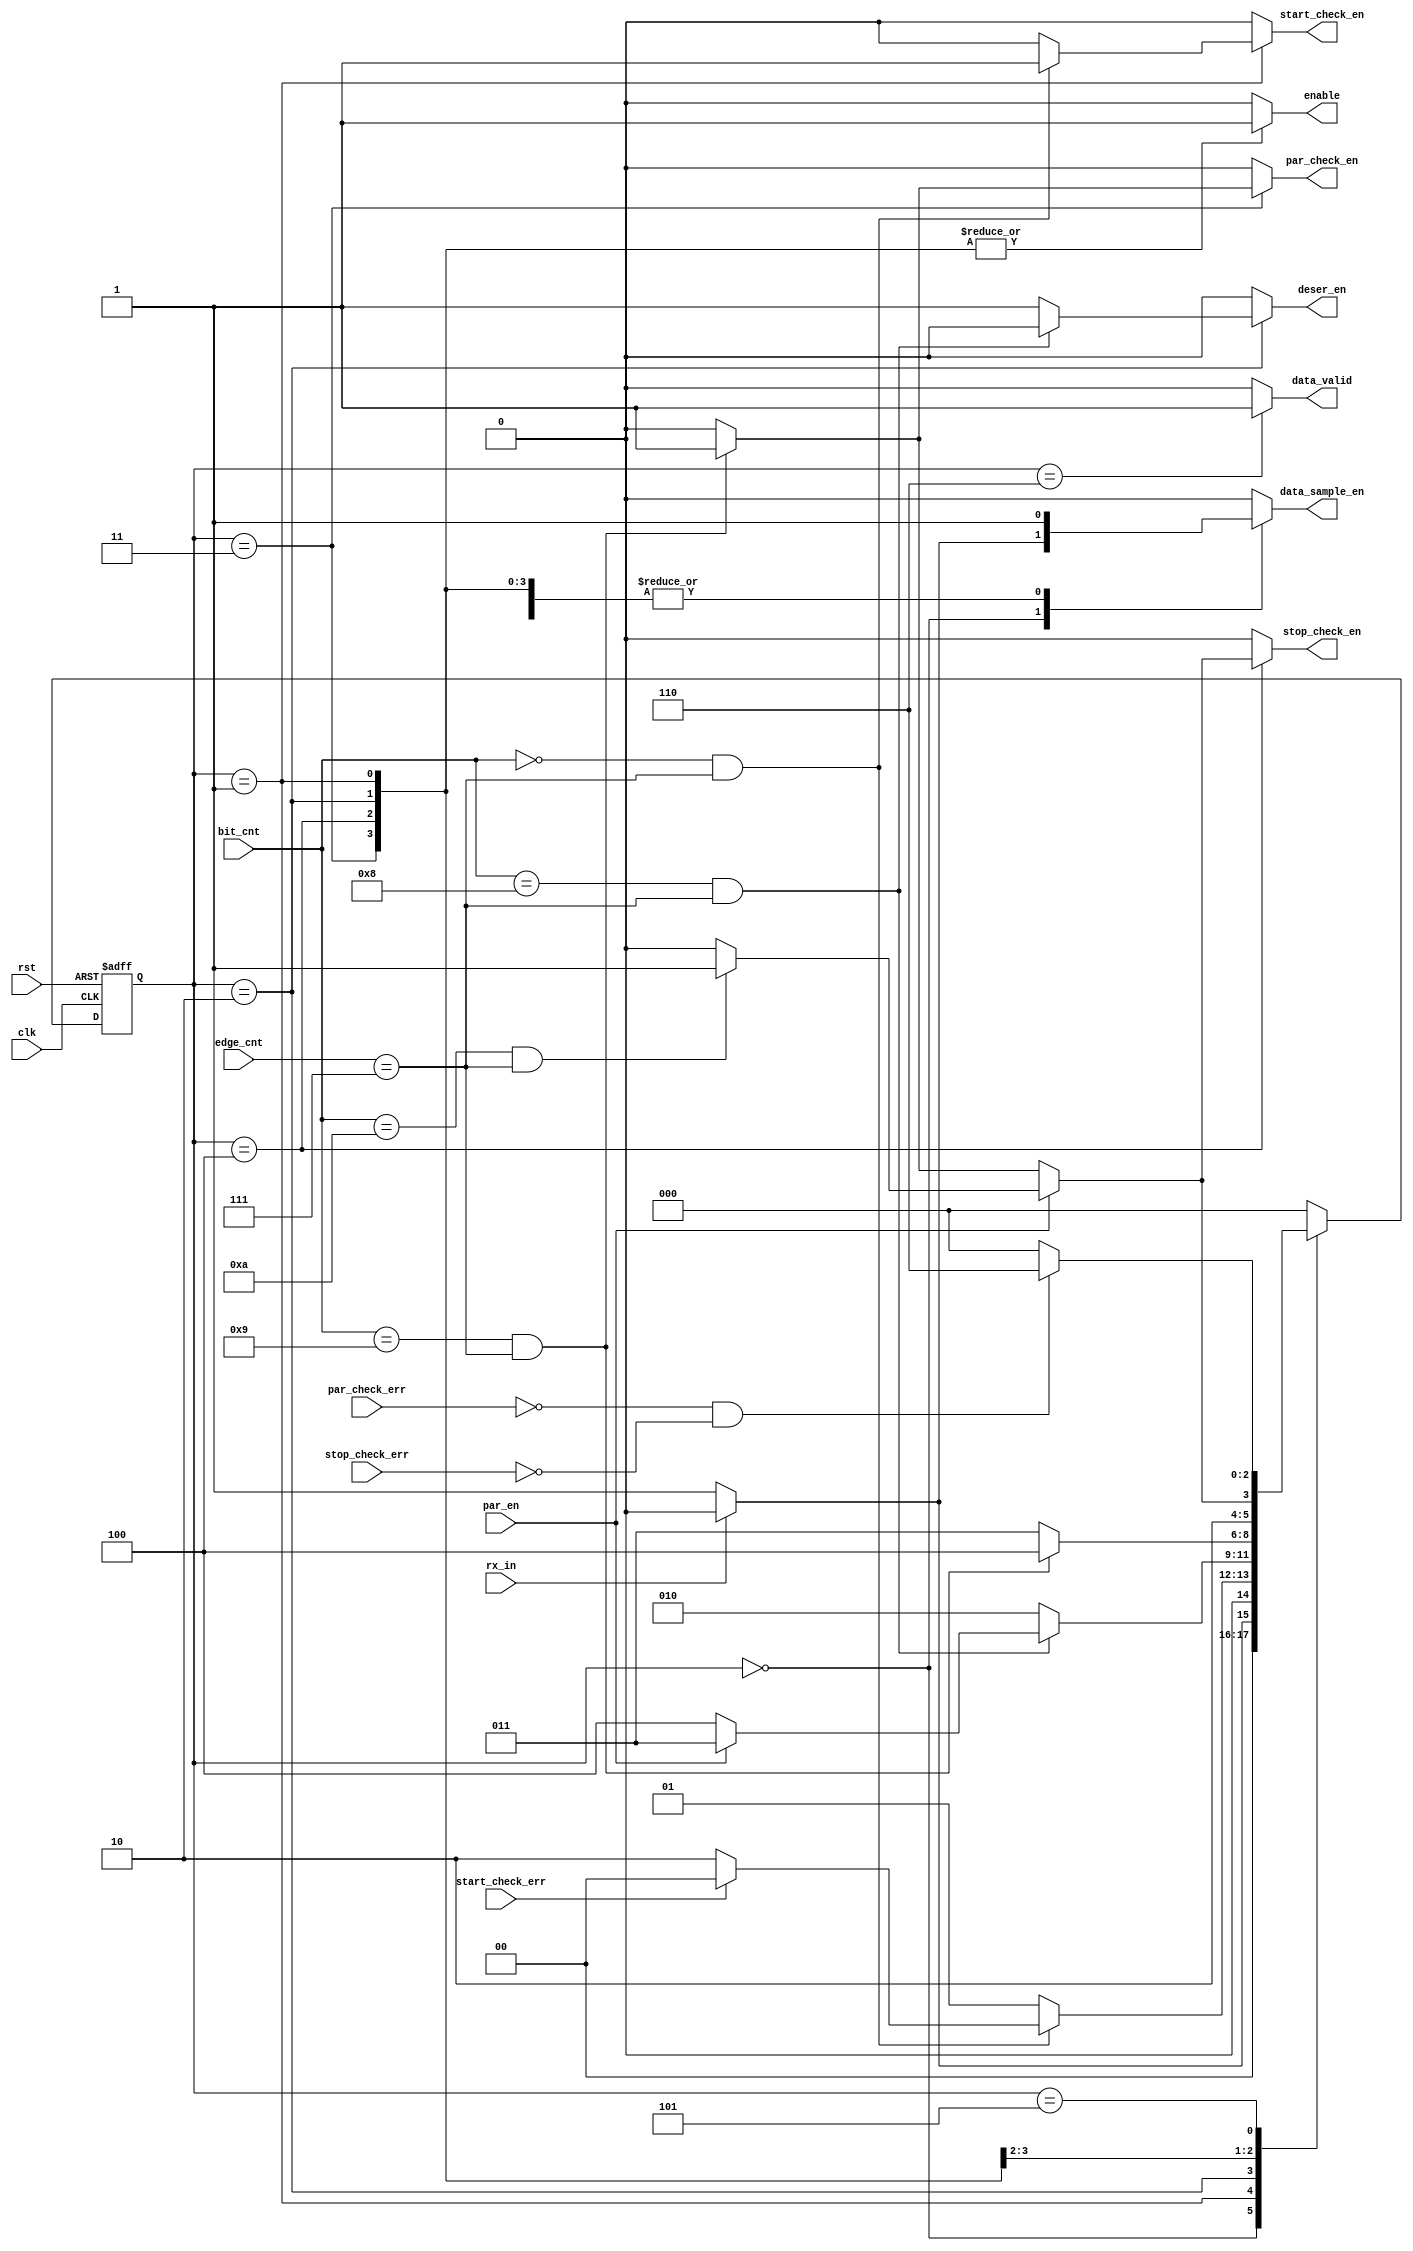
module controller_fsm(
  input wire clk,rst,
  input wire rx_in,par_check_err,start_check_err,stop_check_err,par_en,
  input wire [5:0] edge_cnt,
  input wire [3:0] bit_cnt,
  output reg enable,data_sample_en,par_check_en,start_check_en,stop_check_en,data_valid,deser_en
  );
 
 
/*** encoding parameters ***/
parameter IDLE = 3'd0;
parameter START_BIT = 3'd1; 
parameter DATA = 3'd2;
parameter PARITY = 3'd3;
parameter STOP = 3'd4;
parameter ERR_CHECK = 3'd5;
parameter DATA_VALID = 3'd6;

/*** current,next state parameters ***/
reg [2:0] next_state,current_state;

  
  
/*** current state logic ***/
always@(posedge clk or negedge rst)begin
    if(!rst)
      current_state <= IDLE;
    else
      current_state <= next_state;
end      
 

/*** next state logic ***/

always@(*)begin

  case(current_state)
    IDLE:begin
          if(!rx_in)
            next_state = START_BIT;           
          else
            next_state = IDLE;
          end
          
    START_BIT:begin
       if(bit_cnt == 4'd0 && edge_cnt == 6'd7) begin
        if(!start_check_err)
          next_state = DATA;
        else
         next_state = IDLE;
        end
        
        else
          next_state = START_BIT;
        end
        
    DATA:begin
         if(bit_cnt == 4'd8 && edge_cnt == 6'd7)begin
            if(par_en)
               next_state = PARITY; 
            else
               next_state = STOP;
          end
          else
            next_state = DATA;
          end  
    PARITY:begin
            if(bit_cnt == 4'd9 && edge_cnt == 6'd7)
                next_state = STOP;
            else
                next_state = PARITY;
            end
            
    STOP: begin
          if(par_en)begin
             if(bit_cnt == 4'd10 && edge_cnt == 6'd7)
                  next_state = ERR_CHECK;
              else
                   next_state = STOP;
          end         
          else begin         
             if(bit_cnt == 4'd9 && edge_cnt == 6'd7)
                  next_state = ERR_CHECK;
              else
                   next_state = STOP;                   
          end
          end

    ERR_CHECK :begin
                if(par_check_err == 1'b0 && stop_check_err == 1'b0)
                    next_state = DATA_VALID;
                else
                    next_state = IDLE;
               end
    DATA_VALID : next_state = IDLE;
                    
    default : next_state = IDLE;
  endcase
end




/* moore & mealy output logic */
always@(*)begin
        data_sample_en = 1'b0;
        enable = 1'b0;
        start_check_en = 1'b0;
        par_check_en = 1'b0;
        stop_check_en = 1'b0;
        deser_en = 1'b0;
        data_valid = 1'b0;
        
  case(current_state)         
    IDLE:begin
      if(!rx_in)begin
        data_sample_en = 1'b1;
        enable = 1'b1;
        start_check_en = 1'b1;
      end

      else
        data_sample_en = 1'b0;
        enable = 1'b0;
        start_check_en = 1'b0;
        par_check_en = 1'b0;
        stop_check_en = 1'b0;
        deser_en = 1'b0;
        data_valid = 1'b0;
	  end
    START_BIT:begin
        data_sample_en = 1'b1;
        enable = 1'b1;
        if(bit_cnt == 4'd0 && edge_cnt == 6'd7)  
          start_check_en = 1'b1;
        else
         start_check_en = 1'b0;
        end
        
             
    DATA:begin
        data_sample_en = 1'b1;
        enable = 1'b1;
        if(bit_cnt == 4'd8 && edge_cnt == 6'd7)
             deser_en = 1'b0;
        else
              deser_en = 1'b1;
          end

    PARITY:begin
        data_sample_en = 1'b1;
        enable = 1'b1;
         if(bit_cnt == 4'd9 && edge_cnt == 6'd7)
            par_check_en = 1'b1;
         else
            par_check_en = 1'b0;        
           end
           
    STOP:begin
        data_sample_en = 1'b1;
        enable = 1'b1;
          if(par_en)begin
             if(bit_cnt == 4'd10 && edge_cnt == 6'd7)
                  stop_check_en = 1'b1;
              else
                   stop_check_en = 1'b0;
          end         
          else begin         
             if(bit_cnt == 4'd9 && edge_cnt == 6'd7)
                  stop_check_en = 1'b1;
              else
                   stop_check_en = 1'b0;                   
          end
          end
          
    ERR_CHECK :begin
        data_sample_en = 1'b1;
    end
    
    DATA_VALID :begin
        data_valid = 1'b1;
    end

endcase
end
endmodule